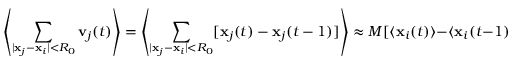
\left\langle \sum _ { | \mathbf { x } _ { j } - \mathbf { x } _ { i } | < R _ { 0 } } \mathbf { v } _ { j } ( t ) \right\rangle = \left\langle \sum _ { | \mathbf { x } _ { j } - \mathbf { x } _ { i } | < R _ { 0 } } [ \mathbf { x } _ { j } ( t ) - \mathbf { x } _ { j } ( t - 1 ) ] \right\rangle \approx M [ \langle \mathbf { x } _ { i } ( t ) \rangle - \langle \mathbf { x } _ { i } ( t - 1 ) \rangle ] = M [ \mathbf { X } ( t ) - \mathbf { X } ( t - 1 ) ]